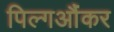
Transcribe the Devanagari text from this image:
पिल्गऔंकर